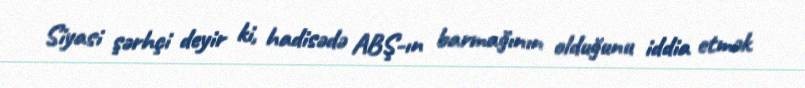
Siyasi şərhçi deyir ki, hadisədə ABŞ-ın barmağının olduğunu iddia etmək